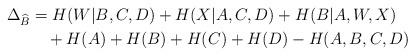
LaTeX: \begin{align*} \Delta_{\widehat{B}} &= H(W|B,C,D) + H(X|A,C,D) + H(B|A,W,X)\\ &\ \ \ + H(A) + H(B) + H(C) + H(D) - H(A,B,C,D)\end{align*}